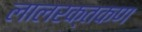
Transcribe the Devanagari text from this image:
लालरक्तकण